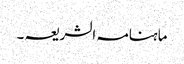
ماہنامہ الشریعہ ۔